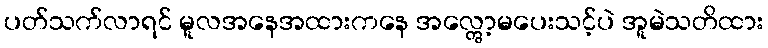
ပတ်သက်လာရင် မူလအနေအထားကနေ အလ္တွော့မပေးသင့်ပဲ အူမဲသတိထား